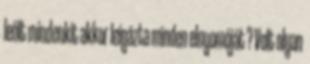
leölt mindenkit akkor leigázta minden elnyomóját ? Volt olyan